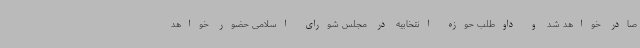
صادر خواهد شد و داوطلب حوزه انتخابیه در مجلس شورای اسلامی حضور خواهد